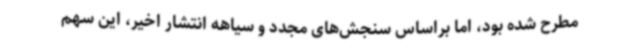
مطرح شده بود، اما براساس سنجش‌های مجدد و سیاهه انتشار اخیر، این سهم